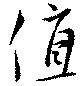
値